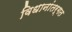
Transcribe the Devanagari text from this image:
विधानांतर्गत